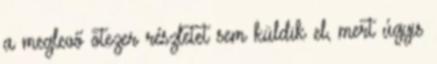
a meglevő ötezer részletet sem küldik el, mert úgyis